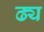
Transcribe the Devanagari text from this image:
ढ्य